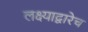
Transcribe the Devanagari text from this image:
लक्ष्याद्वारेच